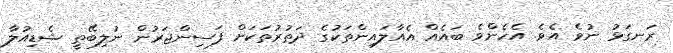
ރަނގަޅު ނުވެ އެވެ. އެހެންވެ ބައެއް އެއާލައިންތަކުގެ ދަތުރުތަކަށް ފަސިންޖަރުން ނުލިބޭތީ ޝެޑިއުލާ